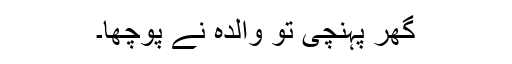
گھر پہنچی تو والدہ نے پوچھا۔